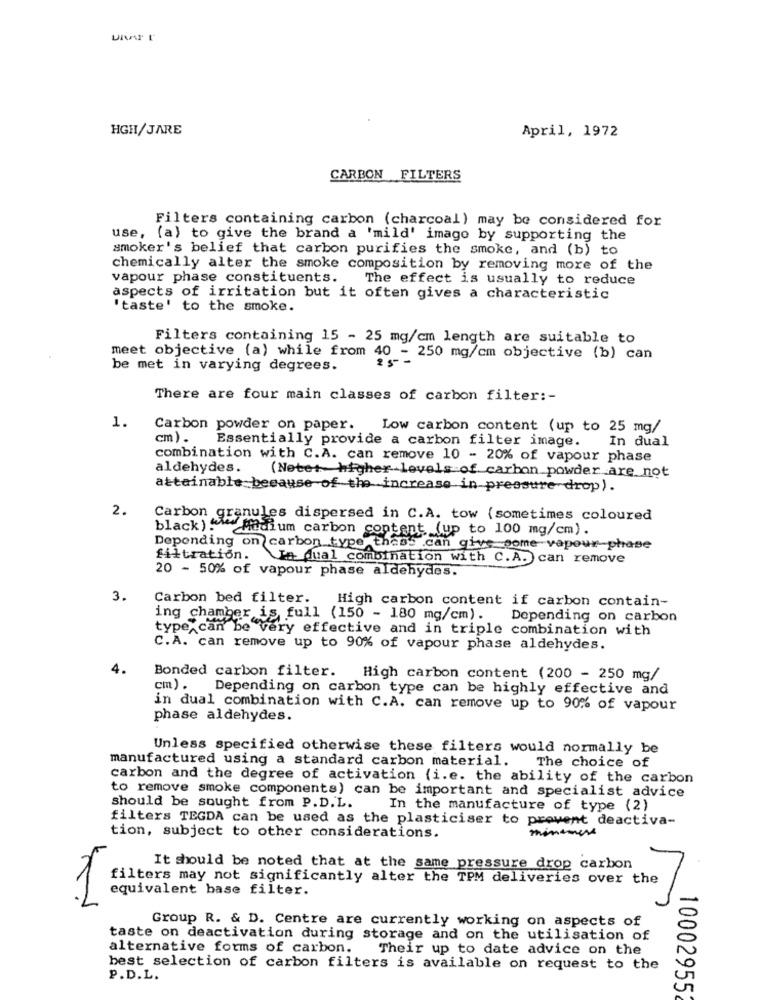
UNAP L'
HGH/JARE
April, 1972
CARBON FILTERS
Filters containing carbon (charcoal) may be considered for
use, (a) to give the brand a 'mild' imago by supporting the
smoker's belief that carbon purifies the smoke, and (b) to
chemically alter the smoke composition by removing more of the
vapour phase constituents.
The effect is usually to reduce
aspects of irritation but it often gives a characteristic
'taste' to the smoke.
Filters containing 15 - 25 mg/cm length are suitable to
meet objective (a) while from 40 - 250 mg/cm objective (b) can
be met in varying degrees.
There are four main classes of carbon filter :-
1.
Carbon powder on paper. Low carbon content (up to 25 mg/
cm) .
Essentially provide a carbon filter image.
In dual
combination with C.A. can remove 10 - 20% of vapour phase
aldehydes.
(Neter higher levels of carbon powder are not
attainable because of the increase in pressure drop).
2.
Carbon granules dispersed in C.A. tow (sometimes coloured
black)
" Medium carbon content (up to 100 mg/cm) .
Depending on carbon type thass can give some vapour-phase
filtration.
Va qual combination with C.A. can remove
20 - 50% of vapour phase aldehydes.
3.
Carbon bed filter.
High carbon content if carbon contain-
ing chamber is full (150 - 180 mg/cm).
Depending on carbon
type can be very effective and in triple combination with
C.A. can remove up to 90% of vapour phase aldehydes.
4.
Bonded carbon filter. High carbon content (200 - 250 mg/
cm).
Depending on carbon type can be highly effective and
in dual combination with C.A. can remove up to 90% of vapour
phase aldehydes.
Unless specified otherwise these filters would normally be
manufactured using a standard carbon material. The choice of
carbon and the degree of activation (i.e. the ability of the carbon
to remove smoke components) can be important and specialist advice
should be sought from P.D.L.
In the manufacture of type (2)
filters TEGDA can be used as the plasticiser to prevent deactiva-
minimere
tion, subject to other considerations.
It should be noted that at the same pressure drop carbon
filters may not significantly alter the TPM deliveries over the
equivalent base filter.
Group R. & D. Centre are currently working on aspects of
taste on deactivation during storage and on the utilisation of
alternative forms of carbon.
Their up to date advice on the
best selection of carbon filters is available on request to the
P.D.L.
100029552